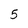
Character: 5